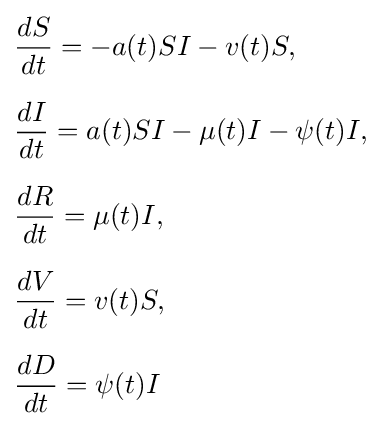
{\begin{aligned}&{\frac {dS}{dt}}=-a(t)SI-v(t)S,\\[6pt]&{\frac {dI}{dt}}=a(t)SI-\mu (t)I-\psi (t)I,\\[6pt]&{\frac {dR}{dt}}=\mu (t)I,\\[6pt]&{\frac {dV}{dt}}=v(t)S,\\[6pt]&{\frac {dD}{dt}}=\psi (t)I\end{aligned}}